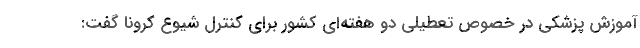
آموزش پزشکی در خصوص تعطیلی دو هفته‌ای کشور برای کنترل شیوع کرونا گفت: